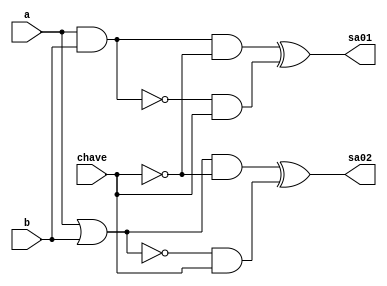
// -------------------------
// Exemplo0033 - operaes (AND,OR) e (NAND,NOR) selecionvel
// Nome: Djonatas Tulio Rodrigues Costa
// -------------------------

// -------------------------
// f4_gate
// -------------------------
module f4(output sa01, output sa02, input a, input b, input chave);
	wire s1, s2, s3, s4, s5, s6, s7, s8;
	
	and AND1(s1, a, b);
	or OR1(s2, a, b);
	nand NAND1(s3, a, b);
	nor NOR1(s4, a, b);
	
	and AND2(s5, s1, ~chave);
	and AND3(s6, s2, ~chave);
	and AND4(s7, s3, chave);
	and AND5(s8, s4, chave);
	
	xor XOR1(sa01, s5, s7);
	xor XOR2(sa02, s6, s8);
	
endmodule // f4_gate

// -------------------------
// testef4
// -------------------------
module test_f4;
// ------------------------- definir dados
	reg a;
	reg b;
	reg chave;
	wire x;
	wire y;

	f4 modulo(x,y,a,b,chave);

// ------------------------- parte principal

	initial begin
		a=0; b=0; chave=0;
		
		$display("Exemplo0033 - Djonatas Tulio Rodrigues Costa - 440954");
		$display("Test LU's module\n");

		$display("\nChave = 0\nOperacao AND-OR\na & b = s  ---  a | b = s");
		#1 $display("%b   %b = %b  ---  %b   %b = %b", a, b, x, a, b, y);
			a=0; b=1;
		#1 $display("%b   %b = %b  ---  %b   %b = %b", a, b, x, a, b, y);
			a=1; b=0;
		#1 $display("%b   %b = %b  ---  %b   %b = %b", a, b, x, a, b, y);
			a=1; b=1;
		#1 $display("%b   %b = %b  ---  %b   %b = %b", a, b, x, a, b, y);
		
		$display("\nChave = 1\nOperacao NAND-NOR\n~(a & b) = s  ---  ~(a | b) = s");
			a=0; b=0; chave=1;
		#1 $display(" (%b   %b) = %b  ---   (%b   %b) = %b", a, b, x, a, b, y);
			a=0; b=1;
		#1 $display(" (%b   %b) = %b  ---   (%b   %b) = %b", a, b, x, a, b, y);
			a=1; b=0;
		#1 $display(" (%b   %b) = %b  ---   (%b   %b) = %b", a, b, x, a, b, y);
			a=1; b=1;
		#1 $display(" (%b   %b) = %b  ---   (%b   %b) = %b", a, b, x, a, b, y);
	end

endmodule // test_f4